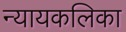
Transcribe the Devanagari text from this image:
न्यायकलिका